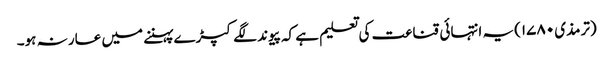
(ترمذی ۱۷۸۰) یہ انتہائی قناعت کی تعلیم ہے کہ پیوند لگے کپڑے پہننے میں عار نہ ہو۔